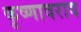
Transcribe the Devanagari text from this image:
कृष्णावराव